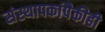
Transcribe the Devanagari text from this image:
संस्थापकांपैकीही